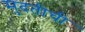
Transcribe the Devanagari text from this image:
मुदतीची